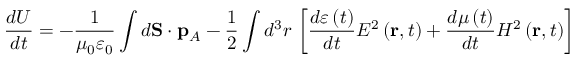
\frac { d U } { d t } = - \frac { 1 } { \mu _ { 0 } \varepsilon _ { 0 } } \int d \mathbf { S } \cdot \mathbf { p } _ { A } - \frac { 1 } { 2 } \int d ^ { 3 } r \, \left[ \frac { d \varepsilon \left( t \right) } { d t } E ^ { 2 } \left( \mathbf { r } , t \right) + \frac { d \mu \left( t \right) } { d t } H ^ { 2 } \left( \mathbf { r } , t \right) \right]